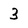
Character: 3